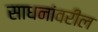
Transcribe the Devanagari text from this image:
साधनांवरील